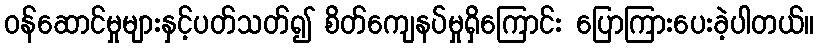
ဝန်ဆောင်မှုများနှင့်ပတ်သတ်၍ စိတ်ကျေနပ်မှုရှိကြောင်း ပြောကြားပေးခဲ့ပါတယ်။